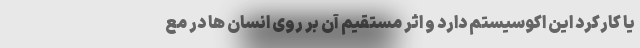
یا کارکرد این اکوسیستم دارد و اثر مستقیم آن بر روی انسان ها در مع